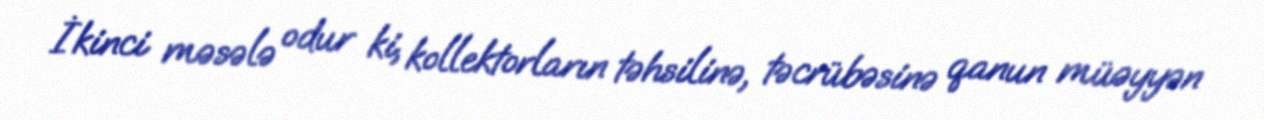
İkinci məsələ odur ki, kollektorların təhsilinə, təcrübəsinə qanun müəyyən